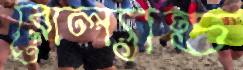
রোল্যান্ড